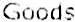
GOODS